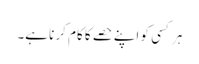
ہر کسی کو اپنے حصے کا کام کر نا ہے۔